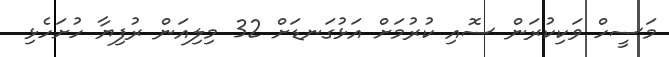
މަސީހް ވަކިކުރަން ސޮއި ކުރުމަށް އަޅުގަނޑަށް 32 މިލިއަން ރުފިޔާ ހުށަހެޅި